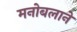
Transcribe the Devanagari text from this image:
मनोबलाने